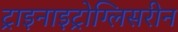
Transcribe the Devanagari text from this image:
ट्राइनाइट्रोग्लिसरीन